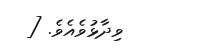
ވިދާޅުވެއެވެ. [